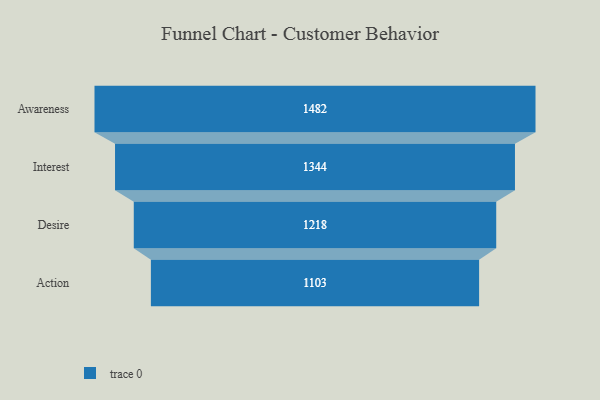
{"axis": {"x": "Stage", "y": "Value"}, "legend": [""], "data": [{"x": "Awareness", "y": 1482.0, "type": ""}, {"x": "Interest", "y": 1344.0, "type": ""}, {"x": "Desire", "y": 1218.0, "type": ""}, {"x": "Action", "y": 1103.0, "type": ""}]}